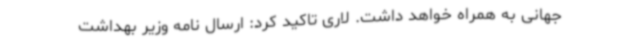
جهانی به همراه خواهد داشت‌. لاری تاکید کرد: ارسال نامه‌ وزیر بهداشت